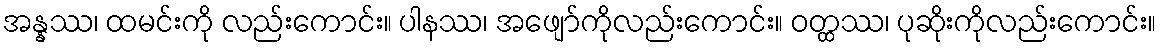
အန္နဿ၊ ထမင်းကို လည်းကောင်း။ ပါနဿ၊ အဖျော်ကိုလည်းကောင်း။ ဝတ္ထဿ၊ ပုဆိုးကိုလည်းကောင်း။